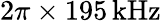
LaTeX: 2\pi\times 195\, \mathrm{kHz}